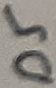
Text: D5